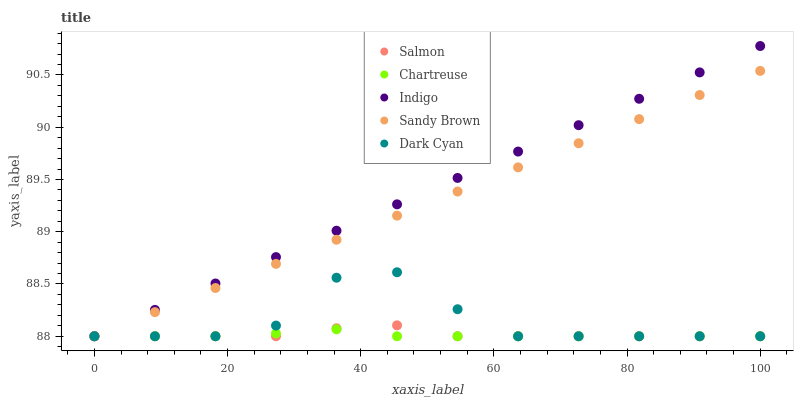
| xaxis_label | Salmon | Chartreuse | Indigo | Sandy Brown | Dark Cyan |
 | --- | --- | --- | --- | --- | --- |
 | 0 | 88 | 88 | 88 | 88 | 88 |
 | 9.09 | 88 | 88 | 88.3 | 88.2 | 88 |
 | 18.2 | 88 | 88 | 88.5 | 88.5 | 88 |
 | 27.3 | 88 | 88 | 88.8 | 88.7 | 88.1 |
 | 36.4 | 88.1 | 88.1 | 89 | 88.9 | 88.6 |
 | 45.5 | 88.1 | 88 | 89.3 | 89.2 | 88.6 |
 | 54.5 | 88 | 88 | 89.5 | 89.4 | 88.3 |
 | 63.6 | 88 | 88 | 89.8 | 89.6 | 88 |
 | 72.7 | 88 | 88 | 90 | 89.8 | 88 |
 | 81.8 | 88 | 88 | 90.3 | 90.1 | 88 |
 | 90.9 | 88 | 88 | 90.5 | 90.3 | 88 |
 | 100 | 88 | 88 | 90.8 | 90.5 | 88 |